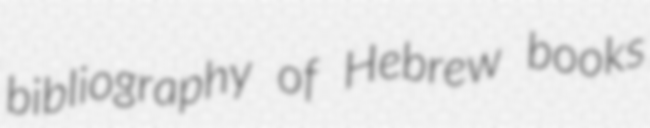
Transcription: bibliography of Hebrew books